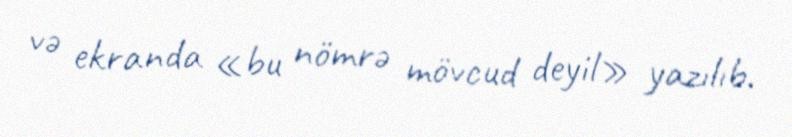
və ekranda «bu nömrə mövcud deyil» yazılıb.